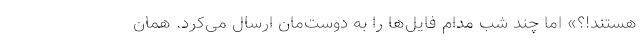
هستند!؟» اما چند شبِ مدام فایل‌ها را به دوست‌مان ارسال می‌کرد. همان